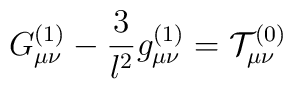
G_{\mu \nu }^{(1)}-\frac 3{l^2}g_{\mu \nu }^{(1)}=\mathcal{T}_{\mu\nu }^{(0)}